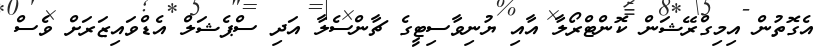
އެގޮތުން އިމިގްރޭޝަން ކޮންޓްރޯލާ އާއި ޔުނިވާސިޓީގެ ޗާންސެލާ އަދި ސްޕެޝަލް އެޑްވައިޒަރަށް ވެސް